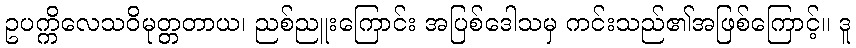
ဥပက္ကိလေသဝိမုတ္တတာယ၊ ညစ်ညူးကြောင်း အပြစ်ဒေါသမှ ကင်းသည်၏အဖြစ်ကြောင့်။ ဒူ